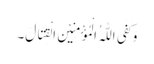
وَ کَفَی اللّٰہُ الْمُؤْمِنِیْنَ الْقِتَالَ۔